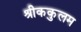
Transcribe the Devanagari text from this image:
श्रीककुलम